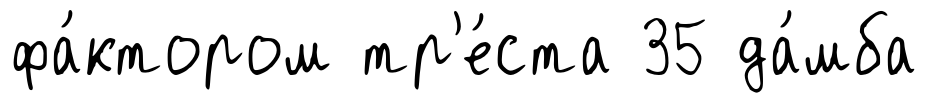
фа́ктором тр'е́ста 35 да́мба